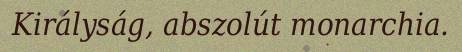
Királyság, abszolút monarchia.